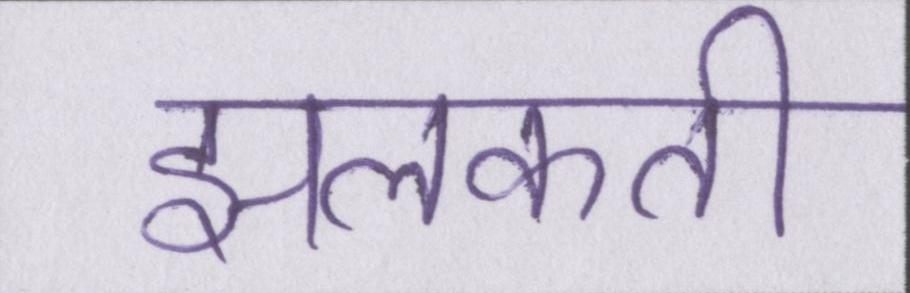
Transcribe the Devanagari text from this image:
झलकती